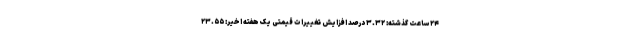
۲۴ ساعت گذشته: ۳.۳۲ درصد افزایش تغییرات قیمتی یک هفته اخیر: ۲۳.۵۵